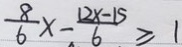
\frac { 8 } { 6 } x - \frac { 1 2 x - 1 5 } { 6 } \geq 1